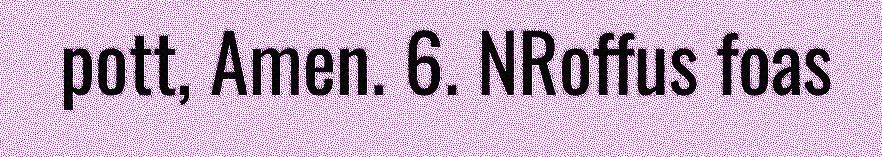
pott, Amen. 6. NRoffus foas